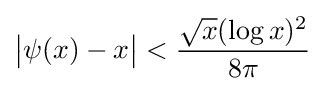
{\big |}\psi (x)-x{\big |}<{\frac {{\sqrt {x}}(\log x)^{2}}{8\pi }}